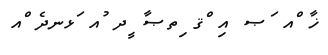
ޚާ ްއ ަޞ އި ްޤ ިތޞާ ީދ ުއ ަޅނދެ ްއ